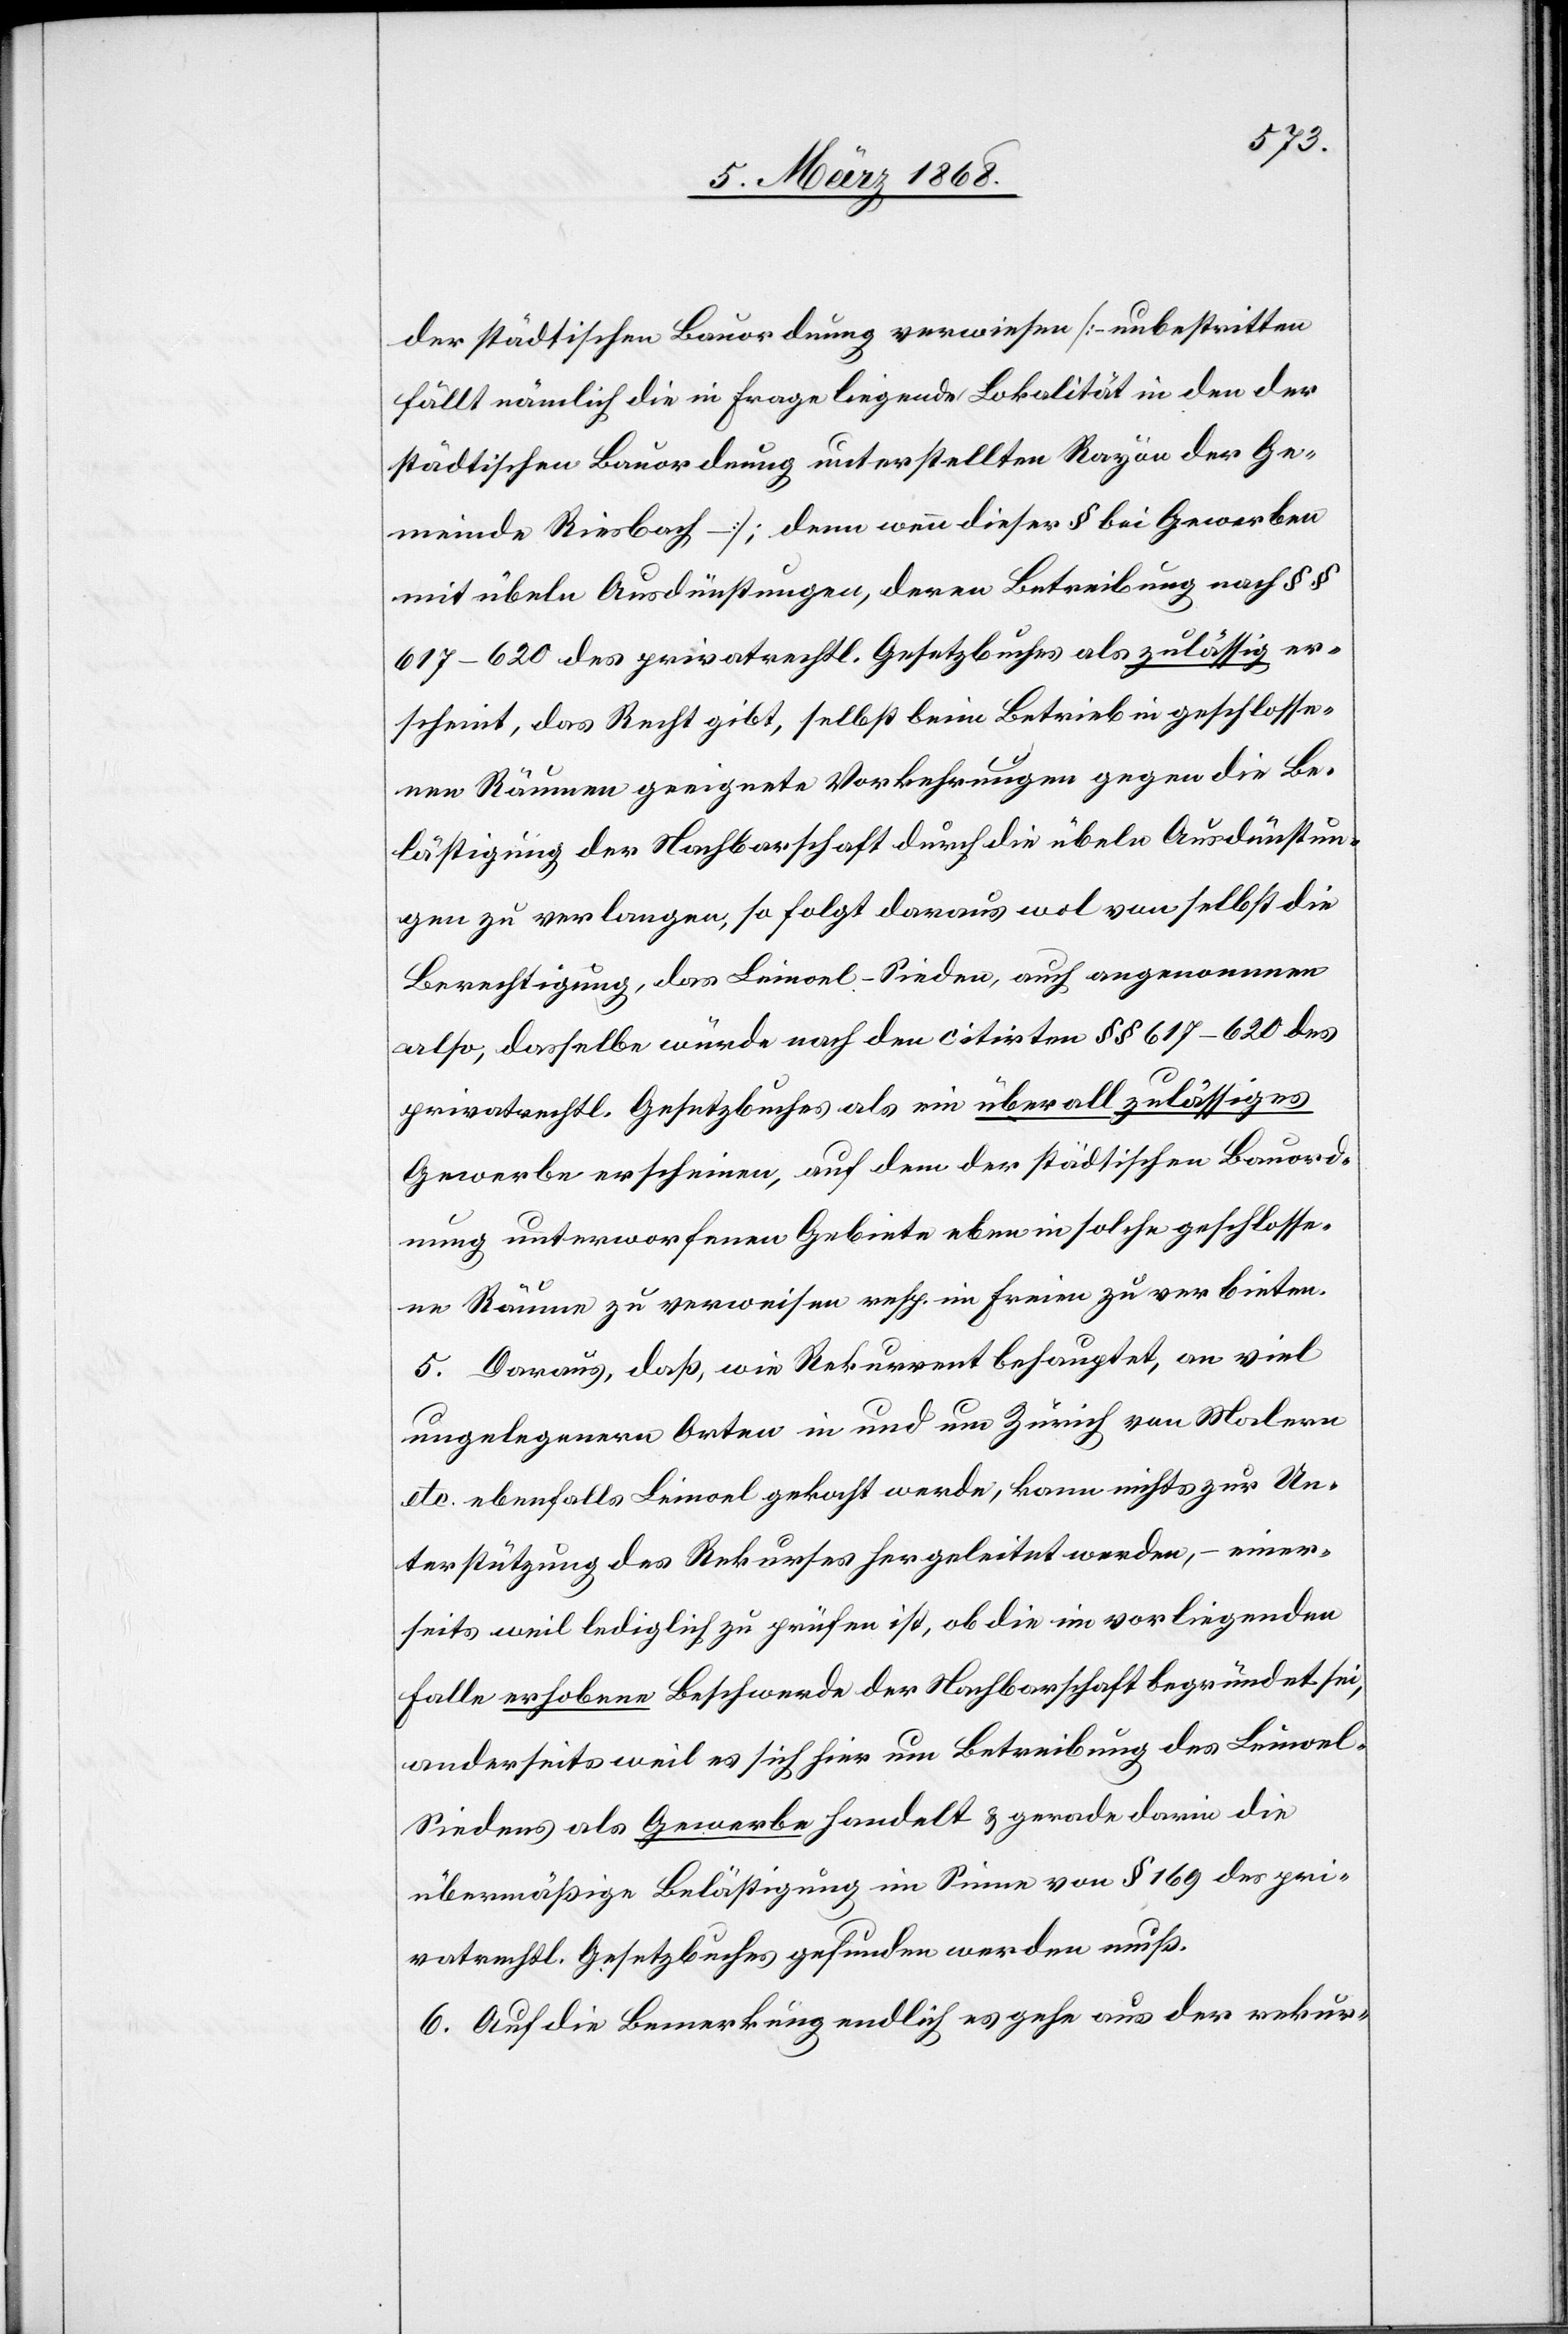
der städtischen Bauordnung verwiesen [ – unbestritten
fällt nämlich die in Frage liegende Lokalität in den der
städtischen Bauordnung unterstellten Rayon der Ge¬
meinde Riesbach – ]; denn wenn dieser § bei Gewerben
mit übeln Ausdünstungen, deren Betreibung nach §§
617–620 des privatrechtl. Gesetzbuches als zulässig er¬
scheint, das Recht gibt, selbst beim Betrieb in geschlosse¬
nen Räumen geeignete Vorkehrungen gegen die Be¬
lästigung der Nachbarschaft durch die übeln Ausdünstun¬
gen zu verlangen, so folgt daraus wol von selbst die
Berechtigung, das Leinoel-Sieden, auch angenommen
also, dasselbe würde nach den citirten §§ 617–620 des
privatrechtl. Gesetzbuches als ein überall zulässiges
Gewerbe erscheinen, auf dem der städtischen Bauord¬
nung unterworfenen Gebiete eben in solche geschlosse¬
ne Räume zu verweisen resp. im Freien zu verbieten.
5. Daraus, daß, wie Rekurrent behauptet, an viel
ungelegenern Orten in und um Zürich von Malern
etc. ebenfalls Leinoel gekocht werde, kann nichts zur Un¬
terstützung des Rekurses hergeleitet werden, – einer¬
seits weil lediglich zu prüfen ist, ob die im vorliegenden
Falle erhobene Beschwerde der Nachbarschaft begründet sei,
anderseits weil es sich hier um Betreibung des Leinoe¬
l-Siedens als Gewerbe handelt & gerade darin die
übermäßige Belästigung im Sinne von § 169 des pri¬
vatrechtl. Gesetzbuches gefunden werden muß.
6. Auf die Bemerkung endlich es gehe aus der rekur-